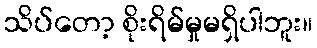
သိပ်တော့ စိုးရိမ်မှုမရှိပါဘူး။